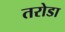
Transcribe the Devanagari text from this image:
तरोडा